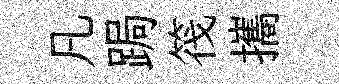
凡跼筏攜